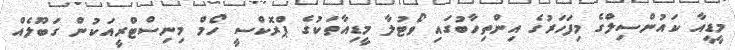
މީޑީއާ ކައުންސިލްގެ މިފަހަރުގެ އިންތިހާބުގައި ވޯޓުލާ މީޑިއާތަކުގެ ޕްރޮކްސީ ހޯމް މިނިސްޓްރީއަކުން ގަބޫލެއް